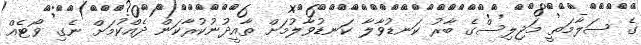
ގެ ސަލާމަތީ މަޖިލިސްގެ ބާރު ކަނޑުވާލާ ކަނޑުވާލުމަށް ތާއީދުނުކުރާކަން ދެއްކުމަށް ނެގި ވޯޓެއް